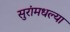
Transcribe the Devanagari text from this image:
सुरांमधल्या